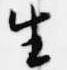
生